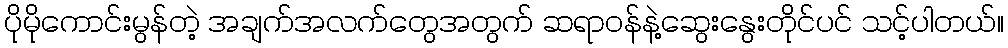
ပိုမိုကောင်းမွန်တဲ့ အချက်အလက်တွေအတွက် ဆရာဝန်နဲ့ဆွေးနွေးတိုင်ပင် သင့်ပါတယ်။